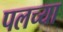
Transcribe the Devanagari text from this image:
पलच्या